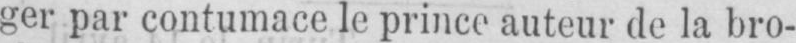
ger par contumace le prince auteur de la bro-